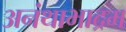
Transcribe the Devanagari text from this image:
अनंथाभाद्रम